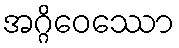
အဂ္ဂိဝေဿော